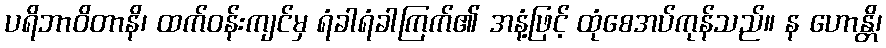
ပရိဘာဝိတာနိ၊ ထက်ဝန်းကျင်မှ ရံခါရံခါကြက်၏ အနံ့ဖြင့် ထုံစေအပ်ကုန်သည်။ န ဟောန္တိ၊